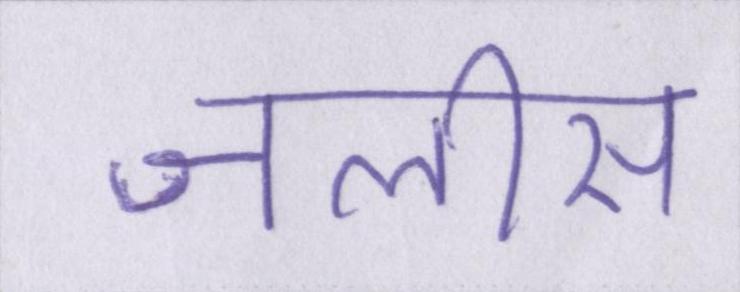
जलीस